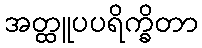
အတ္ထူပပရိက္ခိတာ